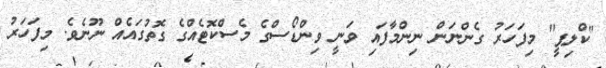
"ކްލިޕީ" މިފަަހަރު ގެންނަން ނިންމާފައި ވަނީ ވިންޑޯސްގެ މެސްކޮޓެއްގެ ގޮތުގައެއް ނޫނެވެ. މިފަހަރު